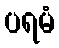
ပရမံ